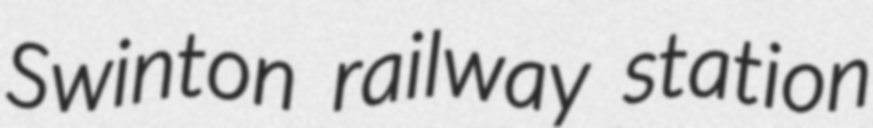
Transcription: Swinton railway station